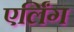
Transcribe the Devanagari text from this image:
एर्लिंग